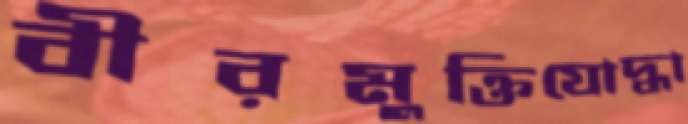
বীরমুক্তিযোদ্ধা